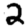
Digit: 2